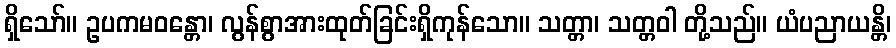
ရှိသော်။ ဥပကမဝန္တော၊ လွန်စွာအားထုတ်ခြင်းရှိကုန်သော။ သတ္တာ၊ သတ္တဝါ တို့သည်။ ယံပညာယန္တိ၊